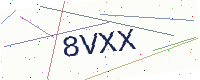
Text: 8VXX